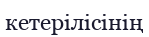
кетерілісінің